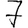
Digit: 7